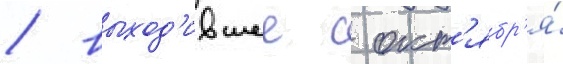
/ выход'ившее с окт'ябр'я́